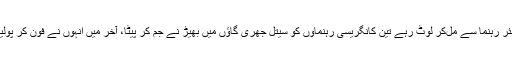
ریاست کے ہی بیتول ضلع میں تو اپنے سینئر رہنما سے مل‌کر لوٹ رہے تین کانگریسی رہنماؤں کو سیتل جھری گاؤں میں بھیڑ نے جم کر پیٹا، آخر میں انہوں نے فون کر پولیس کو بلایا اور کسی طرح اپنی جان بچائی۔